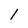
Character: l